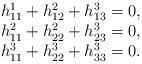
LaTeX: \begin{align*}\begin{array}{l}h_{11}^1+h_{12}^2+h_{13}^3=0,\\h_{11}^2+h_{22}^2+h_{23}^3=0,\\h_{11}^3+h_{22}^3+h_{33}^3=0.\end{array}\end{align*}